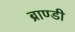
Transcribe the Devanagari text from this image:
ब्राण्डी